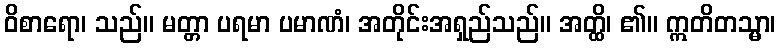
ဝိစာရော၊ သည်။ မတ္တာ ပရမာ ပမာဏံ၊ အတိုင်းအရှည်သည်။ အတ္ထိ၊ ၏။ ဣတိတသ္မာ၊